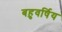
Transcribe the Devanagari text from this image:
बहुवर्षिय